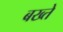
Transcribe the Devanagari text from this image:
बख्ते